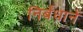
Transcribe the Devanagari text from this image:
निर्बंधानें